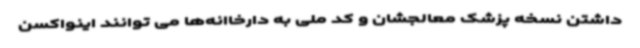
داشتن نسخه پزشک معالجشان و کد ملی به دارخاانه‌ها می توانند اینواکسن